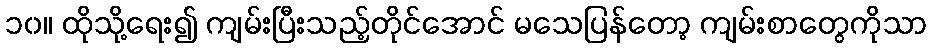
၁၀။ ထိုသို့ရေး၍ ကျမ်းပြီးသည့်တိုင်အောင် မသေပြန်တော့ ကျမ်းစာတွေကိုသာ